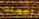
احسنت